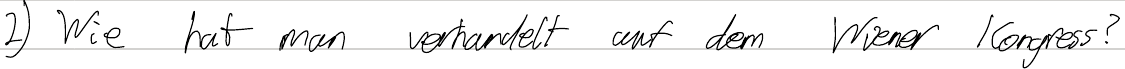
2) Wie hat man verhandelt auf dem Wiener Kongress?